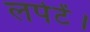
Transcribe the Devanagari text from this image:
लपेटें।